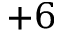
{ + 6 }